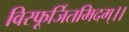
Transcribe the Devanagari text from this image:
विस्फूर्जितमिदम्।।